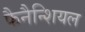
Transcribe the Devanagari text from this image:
फैनैन्शियल